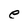
Character: e